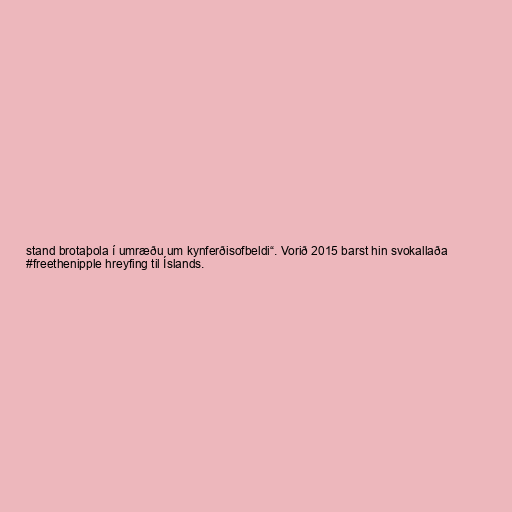
stand brotaþola í umræðu um kynferðisofbeldi“. Vorið 2015 barst hin svokallaða
#freethenipple hreyfing til Íslands.